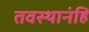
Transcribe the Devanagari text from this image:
तवस्थानंहि